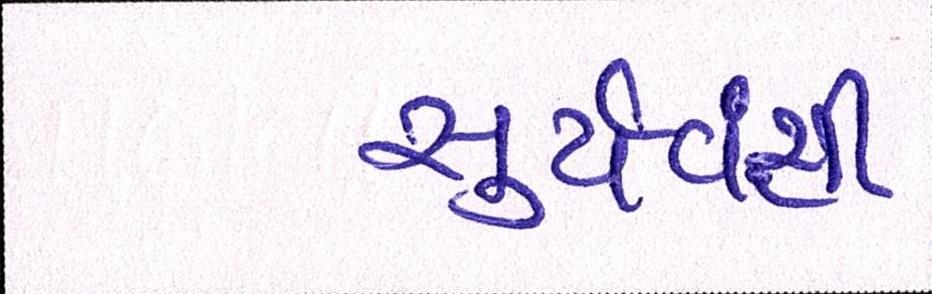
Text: સુર્યવંશી